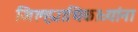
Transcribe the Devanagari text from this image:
जिल्ह्याधिकाऱ्यांना